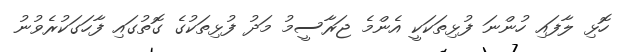
ހޮޅި ލާފައި ހުންނަ ފުޅިތަކަކީ އެންމެ ޖަރާސީމު މަދު ފުޅިތަކުގެ ގޮތުގައި ފާހަގަކުރެވުނު